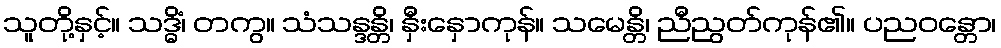
သူတို့နှင့်။ သဒ္ဓိံ၊ တကွ။ သံသန္ဒန္တိ၊ နှီးနှောကုန်။ သမေန္တိ၊ ညီညွတ်ကုန်၏။ ပညဝန္တော၊